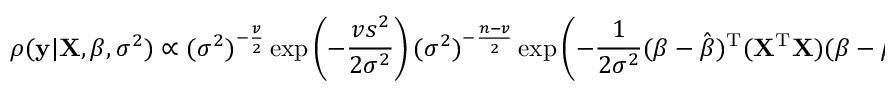
\rho ( \mathbf { y } | \mathbf { X } , { \boldsymbol { \beta } } , \sigma ^ { 2 } ) \propto ( \sigma ^ { 2 } ) ^ { - { \frac { v } { 2 } } } \exp \left( - { \frac { v s ^ { 2 } } { 2 { \sigma } ^ { 2 } } } \right) ( \sigma ^ { 2 } ) ^ { - { \frac { n - v } { 2 } } } \exp \left( - { \frac { 1 } { 2 { \sigma } ^ { 2 } } } ( { \boldsymbol { \beta } } - { \hat { \boldsymbol { \beta } } } ) ^ { \mathrm { { T } } } ( \mathbf { X } ^ { \mathrm { { T } } } \mathbf { X } ) ( { \boldsymbol { \beta } } - { \hat { \boldsymbol { \beta } } } ) \right) ,